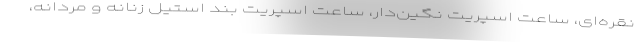
نقره‌ای، ساعت اسپریت نگین‌دار، ساعت اسپریت بند استیل زنانه و مردانه،